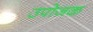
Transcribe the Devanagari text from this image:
उपोजक